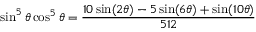
\sin ^ { 5 } \theta \cos ^ { 5 } \theta = { \frac { 1 0 \sin ( 2 \theta ) - 5 \sin ( 6 \theta ) + \sin ( 1 0 \theta ) } { 5 1 2 } }